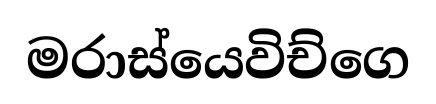
මරාස්යෙවිච්ගෙ